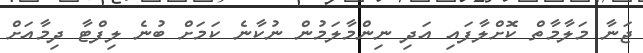
ޖަނާ މަލާމާތް ކޮށްލާފައި އަދި ނިންމާލަމުން ނުކާނެ ކަމަށް ބުނެ ލިފްޓާ ދިމާއަށް